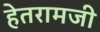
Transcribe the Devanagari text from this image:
हेतरामजी